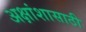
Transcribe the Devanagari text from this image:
अक्षांशासाठी